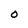
Character: O